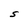
Character: S